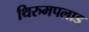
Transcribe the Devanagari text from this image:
थिरुमपलाड